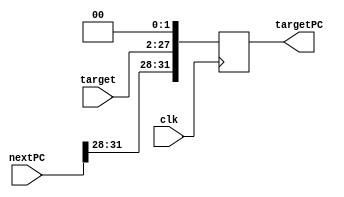
module TargetPC(clk, nextPC, target, targetPC);
	input clk;
	input [31:0] nextPC;
	input [25:0] target;
	output reg [31:0] targetPC;
	
	always@(negedge clk)
		begin
		targetPC <= {nextPC[31:28], target, 2'b00};
		end
endmodule